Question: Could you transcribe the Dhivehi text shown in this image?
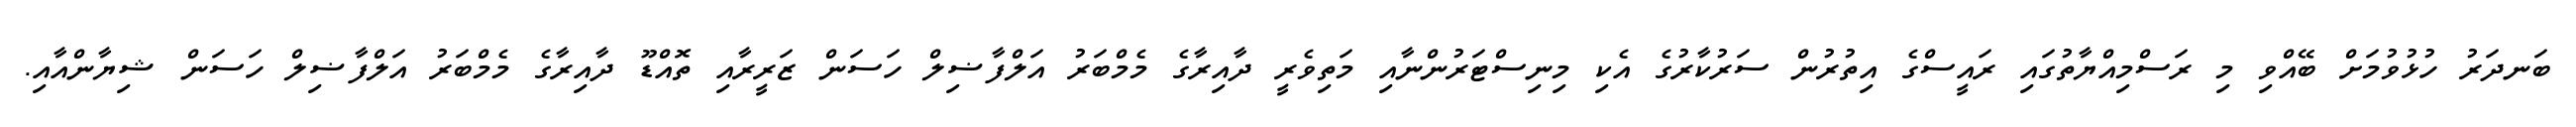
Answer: ބަނދަރު ހުޅުވުމަށް ބޭއްވި މި ރަސްމިއްޔާތުގައި ރައީސްގެ އިތުރުން ސަރުކާރުގެ އެކި މިނިސްޓަރުންނާއި މަތިވެރީ ދާއިރާގެ މެމްބަރު އަލްފާޟިލް ހަސަން ޒަރީރާއި ތޮއްޑޫ ދާއިރާގެ މެމްބަރު އަލްފާޟިލް ހަސަން ޝިޔާންއާއި.